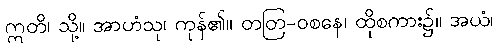
ဣတိ၊ သို့။ အာဟံသု၊ ကုန်၏။ တတြ-ဝစနေ၊ ထိုစကား၌။ အယံ၊